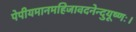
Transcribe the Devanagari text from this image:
पेपीयमानमहिजावदनेन्दुयूष्णः।